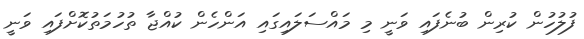
ފުލުހުން ކުރިން ބުނެފައި ވަނީ މި މައްސަލައިގައި އަންހެން ކުއްޖާ ތުހުމަތުކޮށްފައި ވަނީ